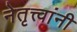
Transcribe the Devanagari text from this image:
नेतृत्त्वांनी